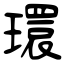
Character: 環